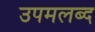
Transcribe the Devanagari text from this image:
उपमलब्द